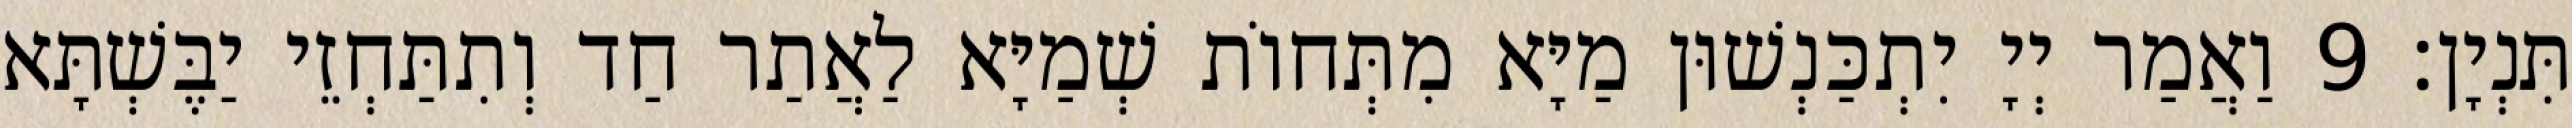
תִּנְיָן׃ 9 וַאֲמַר יְיָ יִתְכַּנְשׁוּן מַיָּא מִתְּחוֹת שְׁמַיָּא לַאֲתַר חַד וְתִתַּחְזֵי יַבֶּשְׁתָּא